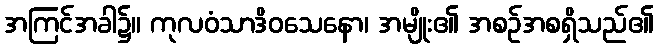
အကြင်အခါ၌။ ကုလဝံသာဒိဝသေနော၊ အမျိုး၏ အစဉ်အစရှိသည်၏